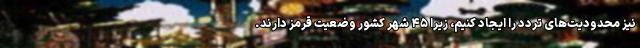
نیز محدودیت‌های تردد را ایجاد کنیم، زیرا ۴۵ شهر کشور وضعیت قرمز دارند.